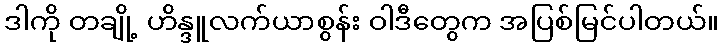
ဒါကို တချို့ ဟိန္ဒူလက်ယာစွန်း ဝါဒီတွေက အပြစ်မြင်ပါတယ်။